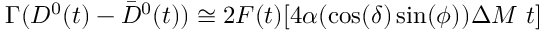
\Gamma ( D ^ { 0 } ( t ) - \bar { D } ^ { 0 } ( t ) ) \cong 2 F ( t ) [ 4 \alpha ( \cos ( \delta ) \sin ( \phi ) ) \Delta M ~ t ]